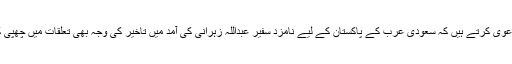
کچھ حلقے دعویٰ کرتے ہیں کہ سعودی عرب کے پاکستان کے لیے نامزد سفیر عبداللہ زہرانی کی آمد میں تاخیر کی وجہ بھی تعلقات میں چھپی کشیدگی ہے۔